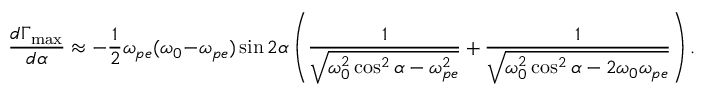
\frac { d \Gamma _ { \mathrm { m a x } } } { d \alpha } \approx - \frac { 1 } { 2 } \omega _ { p e } ( \omega _ { 0 } - \omega _ { p e } ) \sin 2 \alpha \left( \frac { 1 } { \sqrt { \omega _ { 0 } ^ { 2 } \cos ^ { 2 } \alpha - \omega _ { p e } ^ { 2 } } } + \frac { 1 } { \sqrt { \omega _ { 0 } ^ { 2 } \cos ^ { 2 } \alpha - 2 \omega _ { 0 } \omega _ { p e } } } \right) .